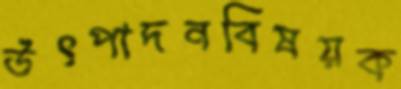
উৎপাদনবিষয়ক